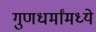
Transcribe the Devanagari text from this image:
गुणधर्मांमध्ये